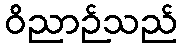
ဝိညာဉ်သည်